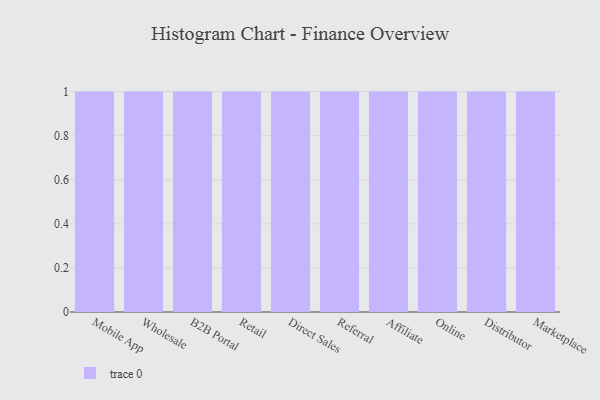
{"axis": {"x": "Channel", "y": "Active Users"}, "legend": [""], "data": [{"x": "Mobile App", "y": 96, "type": ""}, {"x": "Wholesale", "y": 30, "type": ""}, {"x": "B2B Portal", "y": 38, "type": ""}, {"x": "Retail", "y": 5, "type": ""}, {"x": "Direct Sales", "y": 44, "type": ""}, {"x": "Referral", "y": 39, "type": ""}, {"x": "Affiliate", "y": 25, "type": ""}, {"x": "Online", "y": 37, "type": ""}, {"x": "Distributor", "y": 60, "type": ""}, {"x": "Marketplace", "y": 33, "type": ""}]}